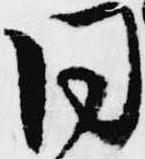
同